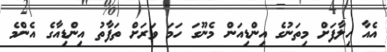
އެއާ ހިލާފަށް މިތަނުގެ އިންޑިއަން މެނޫގަ ހަމަ ވަރަށް ތަފާތު އިންޑިއާގެ އެންމެ